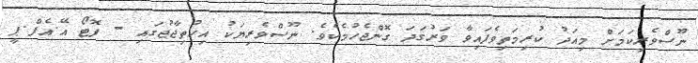
ނޫސްވެރިކަމަށް މިއަދު ކުރިމަތިވެފައިވާ ވަރުގަދަ ގޮންޖެހުމެކެވެ. ނޫސްވެރިޔަކު އިހުތިޖާޖުގައި - ފޮޓޯ އޭ.އެފް.ޕީ